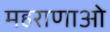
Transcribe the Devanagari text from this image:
महराणाओ